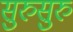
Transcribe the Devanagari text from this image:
सुरुसुरु